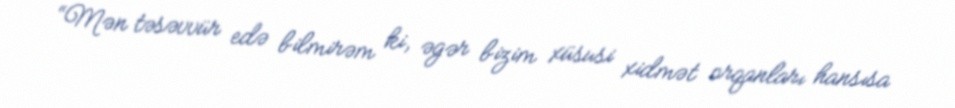
“Mən təsəvvür edə bilmirəm ki, əgər bizim xüsusi xidmət orqanları hansısa